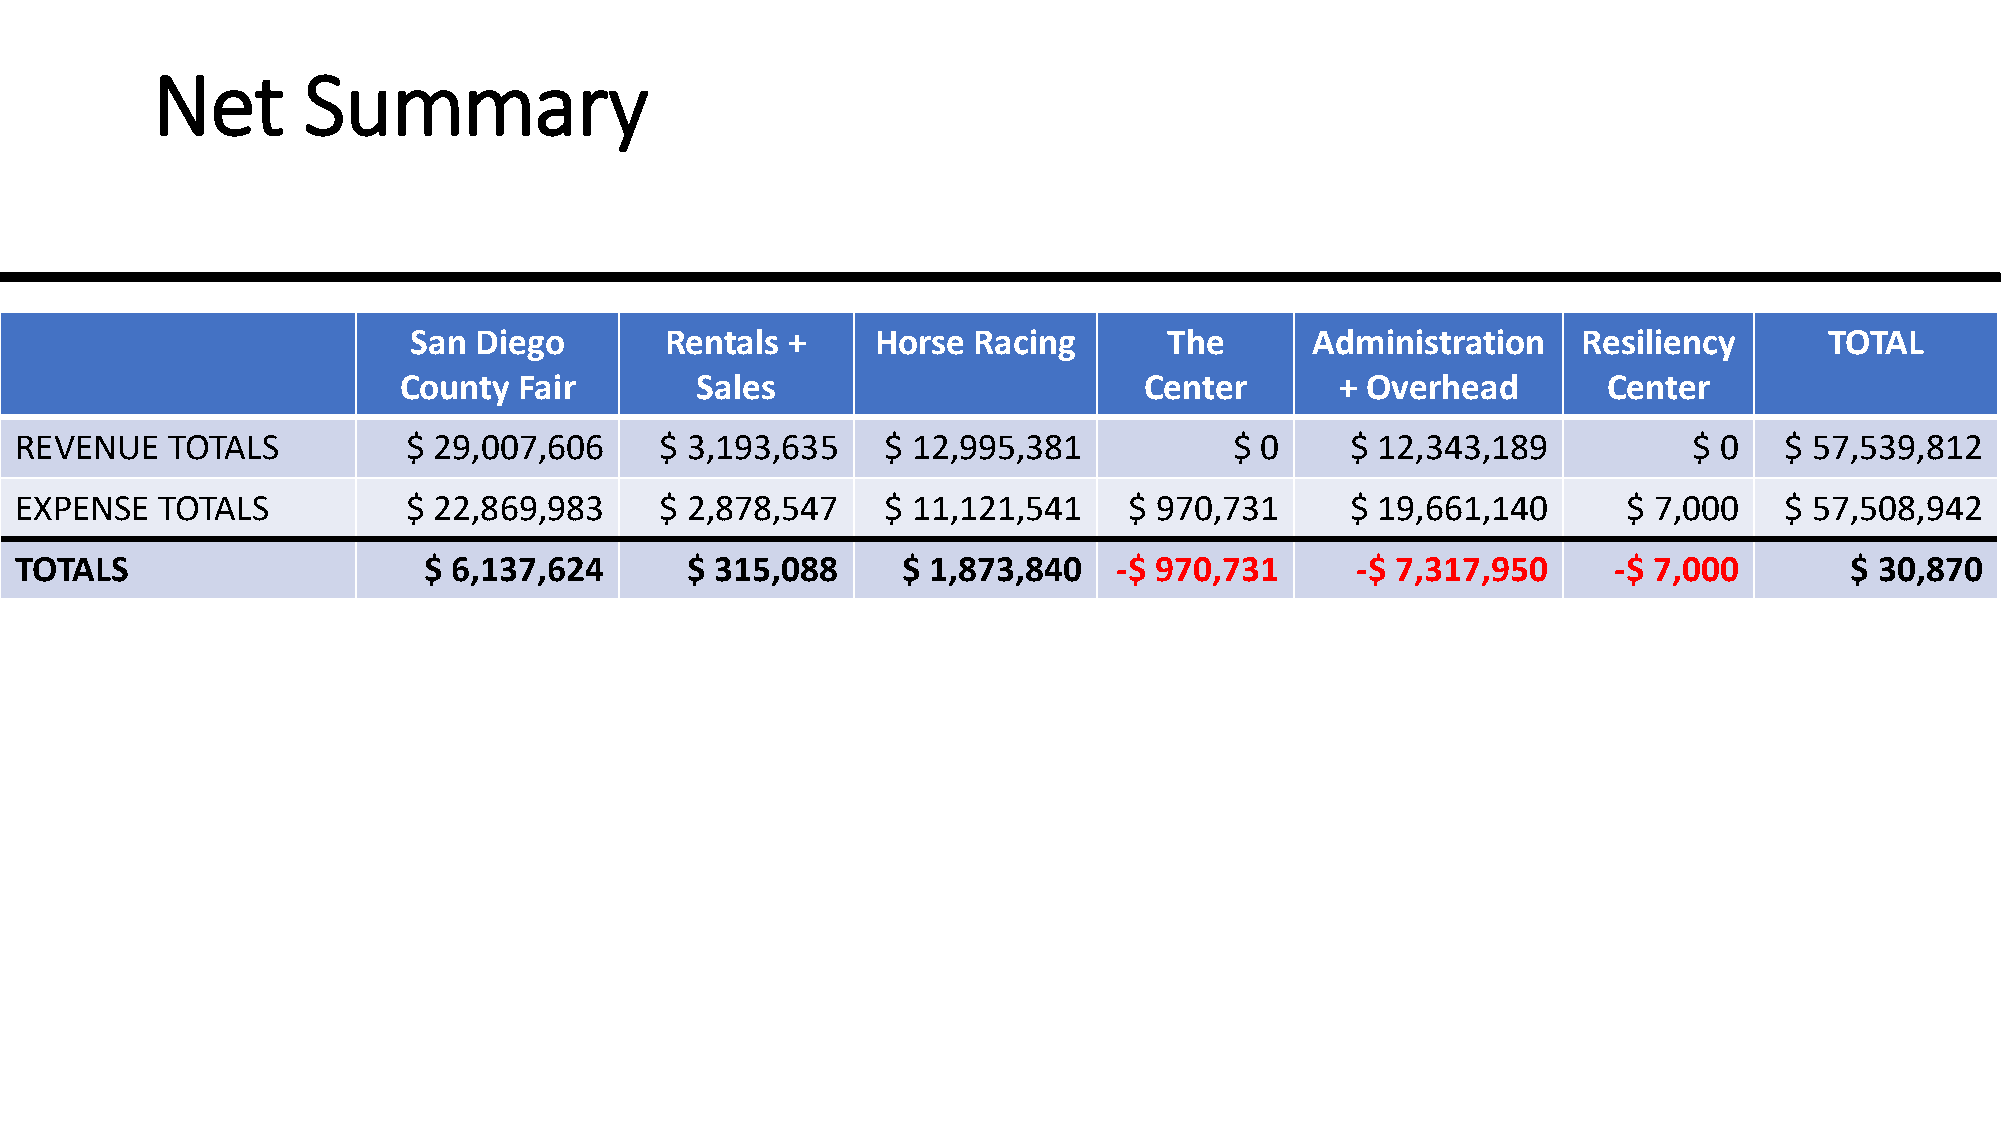
Net       Summary
 San Diego        Rentals +     Horse Racing       The       Administration    Resiliency      TOTAL
 County  Fair        Sales                         Center       + Overhead       Center
 REVENUE   TOTALS          $ 29,007,606     $ 3,193,635    $ 12,995,381           $ 0    $ 12,343,189           $ 0   $ 57,539,812
 EXPENSE  TOTALS           $ 22,869,983     $ 2,878,547   $ 11,121,541     $ 970,731     $ 19,661,140       $ 7,000   $ 57,508,942
 TOTALS                     $ 6,137,624      $ 315,088      $ 1,873,840   -$ 970,731      -$ 7,317,950     -$ 7,000       $ 30,870